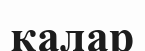
қалар